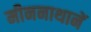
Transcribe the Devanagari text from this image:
मीननाथानें